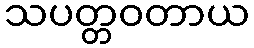
သပတ္တဝတာယ